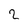
Character: 2